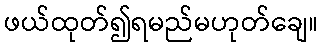
ဖယ်ထုတ်၍ရမည်မဟုတ်ချေ။